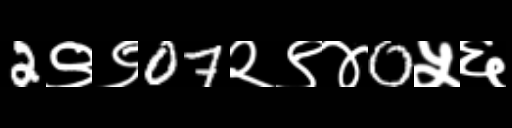
Text: 2९९07२९४0५६